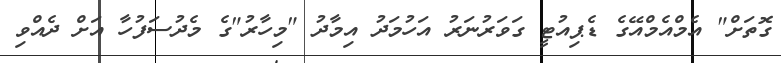
ގޮތަށް" އެމްއެމްއޭގެ ޑެޕިއުޓީ ގަވަރުނަރު އަހުމަދު އިމާދު "މިހާރު"ގެ މެދުސަފުހާ އަށް ދެއްވި